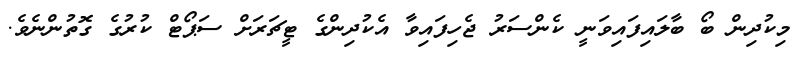
މިކުދިން ބޯ ބާލައިފައިވަނީ ކެންސަރު ޖެހިފައިވާ އެކުދިންގެ ޓީޗަރަށް ސަޕޯޓް ކުރުގެ ގޮތުންނެވެ.